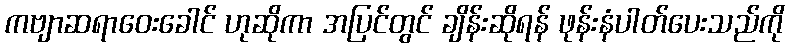
ကဗျာဆရာဝေးခေါင် ဟုဆိုကာ အပြင်တွင် ချိန်းဆိုရန် ဖုန်းနံပါတ်ပေးသည်ကို